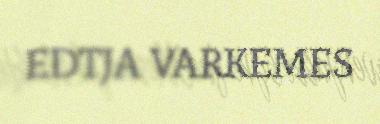
EDTJA VARKEMES